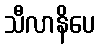
သီလာနိပေ